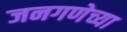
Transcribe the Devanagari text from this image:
जनगणेच्या